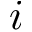
i